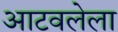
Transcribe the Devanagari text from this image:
आटवलेला